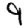
Digit: 9